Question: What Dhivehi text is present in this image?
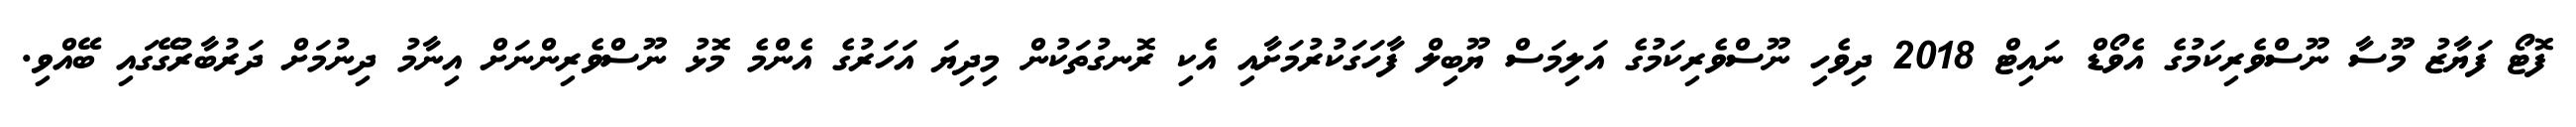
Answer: ފޮޓޯ ފަޔާޒު މޫސާ ނޫސްވެރިކަމުގެ އެވޯޑް ނައިޓް 2018 ދިވެހި ނޫސްވެރިކަމުގެ އަލިމަސް ޔޫބިލް ފާހަގަކުރުމަށާއި އެކި ރޮނގުތަކުން މިދިޔަ އަހަރުގެ އެންމެ މޮޅު ނޫސްވެރިންނަށް އިނާމު ދިނުމަށް ދަރުބާރުގޭގައި ބޭއްވި.